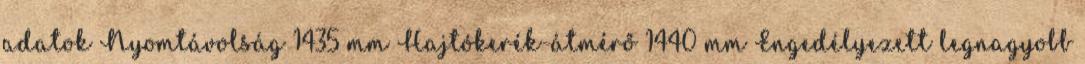
adatok Nyomtávolság 1435 mm Hajtókerék-átmérő 1440 mm Engedélyezett legnagyobb